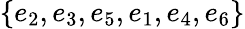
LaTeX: \{ e_{2},e_{3},e_{5},e_{1},e_{4},e_{6}\}